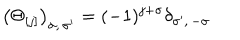
\left( \Theta _ { [ j ] } \right) _ { \sigma , \, \sigma ^ { \prime } } = ( - 1 ) ^ { j + \sigma } \delta _ { \sigma ^ { \prime } , \, - \sigma }